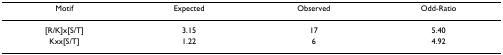
<table><thead><tr><td><b>Motif</b></td><td><b>Expected</b></td><td><b>Observed</b></td><td><b>Odd-Ratio</b></td></tr></thead><tbody><tr><td>[R/K]x[S/T]</td><td>3.15</td><td>17</td><td>5.40</td></tr><tr><td>Kxx[S/T]</td><td>1.22</td><td>6</td><td>4.92</td></tr></tbody></table>